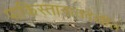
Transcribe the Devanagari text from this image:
पाकिस्तानातदेखील